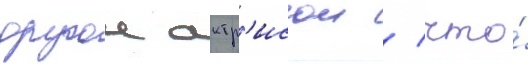
другои актр'исои / что́